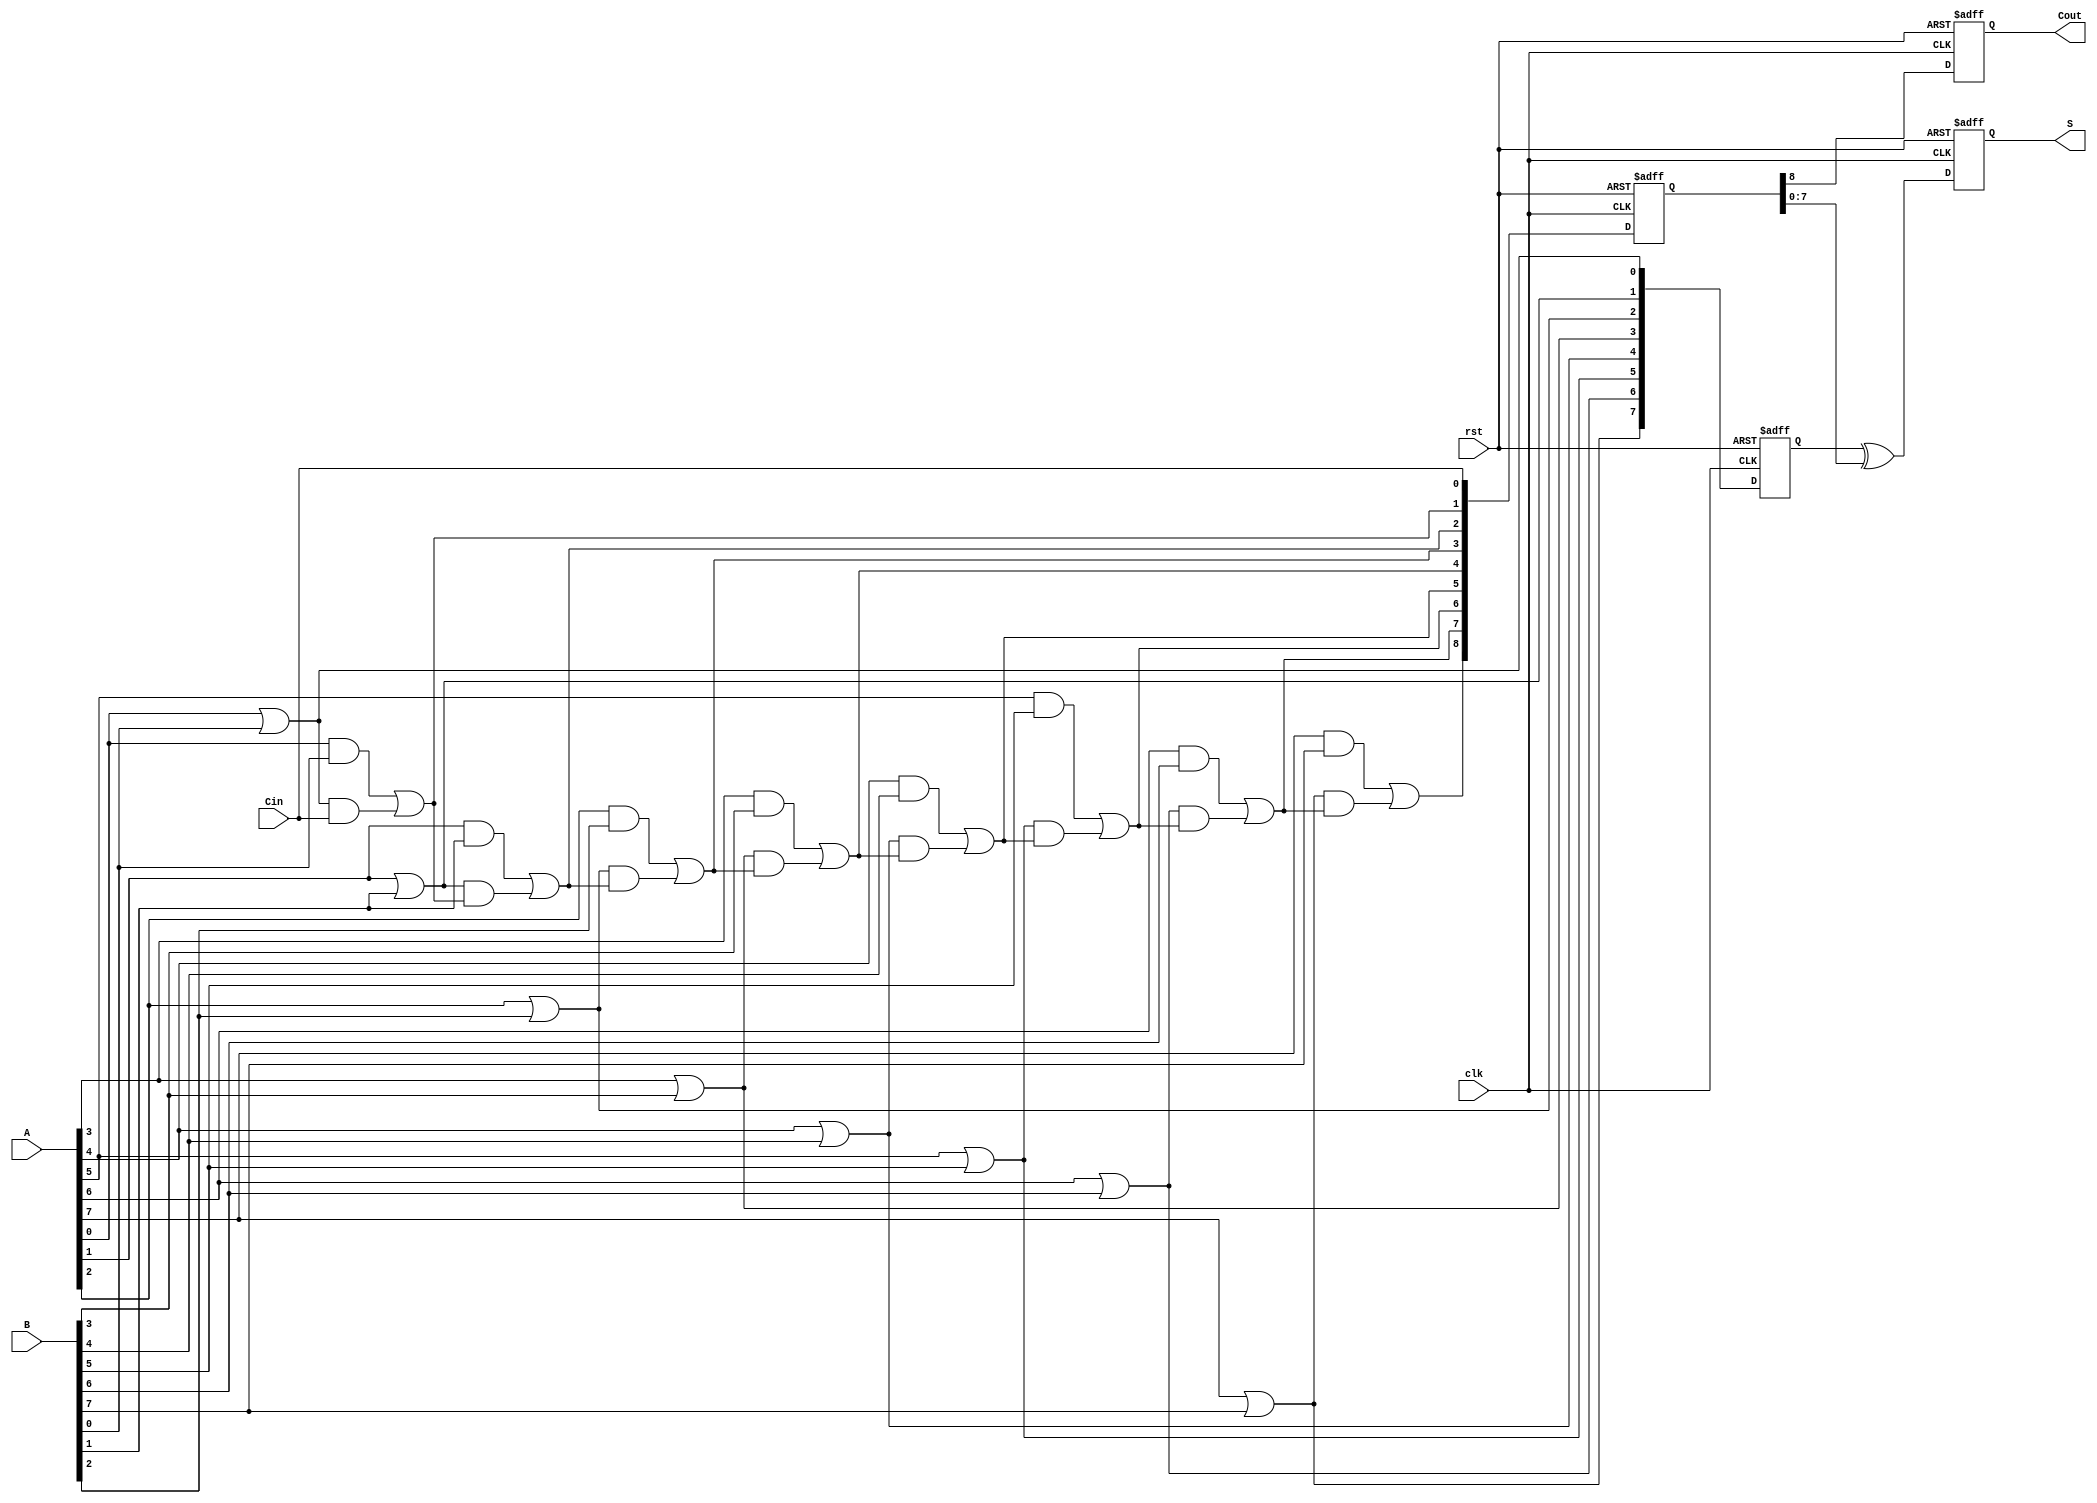
module Pipelined_CLA #(parameter N = 8, // Parameter for number of bits
                       parameter STAGES = 2 // Number of pipeline stages
                       ) (
    input wire clk,
    input wire rst,
    input wire [N-1:0] A,
    input wire [N-1:0] B,
    input wire Cin,
    output reg [N-1:0] S,
    output reg Cout
);

    // Intermediate signals
    wire [N-1:0] G; // Generate signals
    wire [N-1:0] P; // Propagate signals
    wire [N:0] C;   // Carry signals

    // Stage 1: Compute Generate and Propagate
    genvar i;
    generate
        for (i = 0; i < N; i = i + 1) begin: gen_and_prop
            assign G[i] = A[i] & B[i]; // Generate
            assign P[i] = A[i] | B[i]; // Propagate
        end
    endgenerate

    // Carry Calculation (Using lookahead)
    assign C[0] = Cin; // Initial carry input
    generate
        for (i = 1; i <= N; i = i + 1) begin: carry_calc
            assign C[i] = G[i-1] | (P[i-1] & C[i-1]); // Carry logic
        end
    endgenerate

    // Pipelining registers for stage 1
    reg [N-1:0] G_reg [0:STAGES-1];
    reg [N-1:0] P_reg [0:STAGES-1];
    reg [N:0] C_reg [0:STAGES-1];

    // Stage 1: Latch Generate and Propagate
    always @(posedge clk or posedge rst) begin
        if (rst) begin
            G_reg[0] <= 0;
            P_reg[0] <= 0;
            C_reg[0] <= 0;
        end else begin
            G_reg[0] <= G;
            P_reg[0] <= P;
            C_reg[0] <= C;
        end
    end

    // Stage 2: Compute Sum and Carry Out
    always @(posedge clk or posedge rst) begin
        if (rst) begin
            S <= 0;
            Cout <= 0;
        end else begin
            // Compute Sum using the propagated carries
            S <= P_reg[0] ^ C_reg[0][N-1:0]; // S = P XOR C

            // Carry out from the last carry
            Cout <= C_reg[0][N];
        end
    end

endmodule